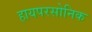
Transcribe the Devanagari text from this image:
हायपरसोनिक